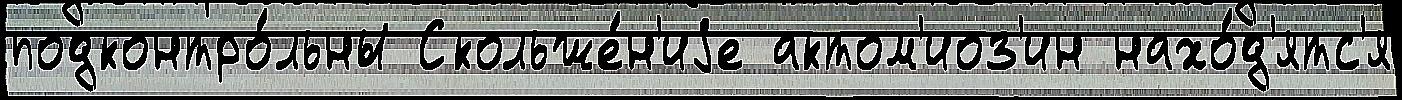
подконтро́льны Скольже́н'иjе актом'иоз'ин нахо́д'ятс'я